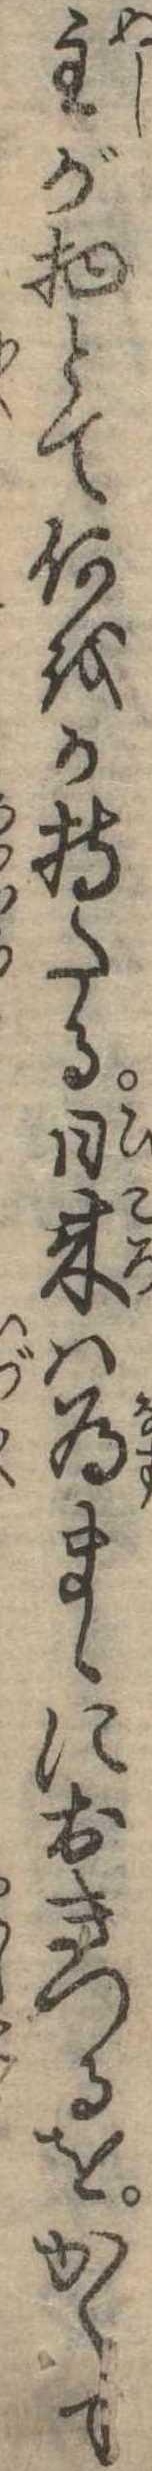
主が物とて何をか持たる日来は為まゝにおきつるをかくて